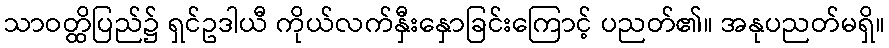
သာဝတ္ထိပြည်၌ ရှင်ဥဒါယီ ကိုယ်လက်နှီးနှောခြင်းကြောင့် ပညတ်၏။ အနုပညတ်မရှိ။